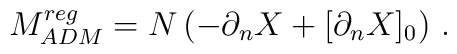
M_{ADM}^{reg}=N\left( -\partial _{n}X+[\partial _{n}X]_{0}\right) \, .